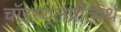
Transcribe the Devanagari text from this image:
चॉइस्यूलप्रीत्यर्थ